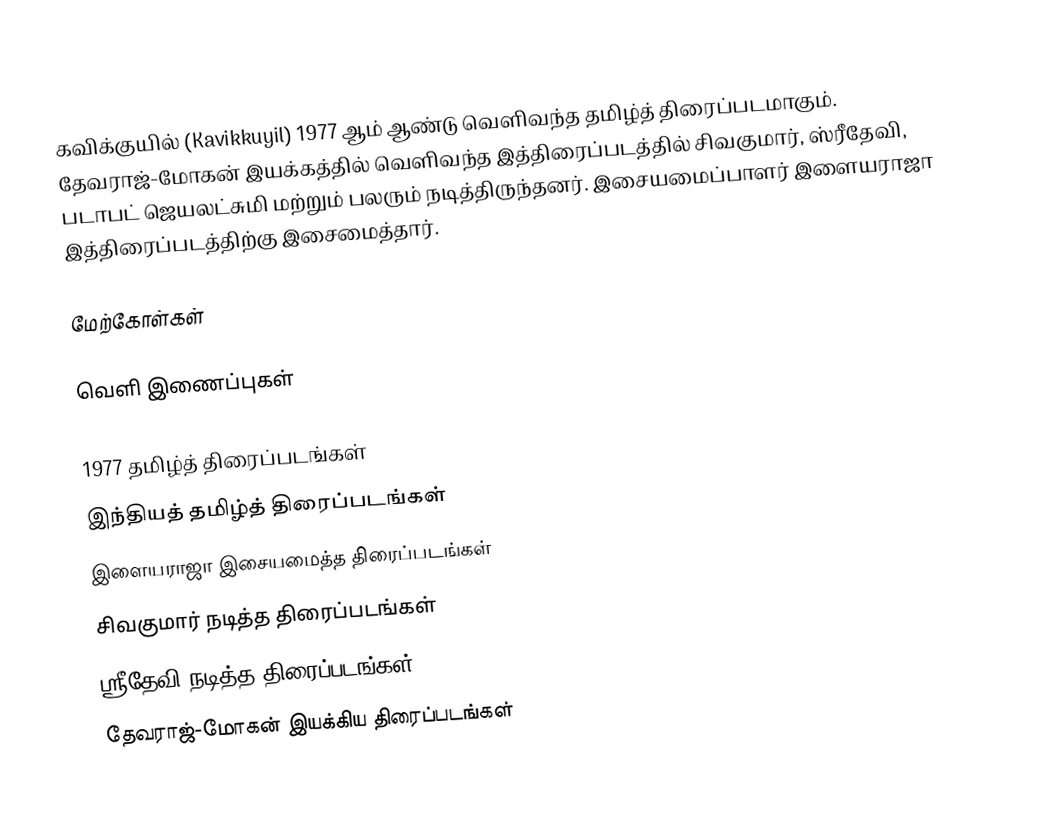
கவிக்குயில் (Kavikkuyil) 1977 ஆம் ஆண்டு வெளிவந்த தமிழ்த் திரைப்படமாகும். தேவராஜ்-மோகன் இயக்கத்தில் வெளிவந்த இத்திரைப்படத்தில் சிவகுமார், ஸ்ரீதேவி, படாபட் ஜெயலட்சுமி மற்றும் பலரும் நடித்திருந்தனர். இசையமைப்பாளர் இளையராஜா இத்திரைப்படத்திற்கு இசைமைத்தார்.

மேற்கோள்கள்

வெளி இணைப்புகள்

1977 தமிழ்த் திரைப்படங்கள்
இந்தியத் தமிழ்த் திரைப்படங்கள்
இளையராஜா இசையமைத்த திரைப்படங்கள்
சிவகுமார் நடித்த திரைப்படங்கள்
ஸ்ரீதேவி நடித்த திரைப்படங்கள்
தேவராஜ்-மோகன் இயக்கிய திரைப்படங்கள்